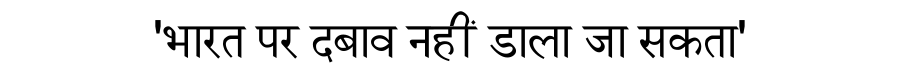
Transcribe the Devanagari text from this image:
'भारत पर दबाव नहीं डाला जा सकता'